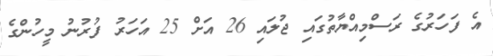
އެ ފަހަރުގެ ރަސްމިއްޔާތުގައި ޖުލައި 26 އަށް 25 އަހަރު ފުރުނު މީހުންގެ